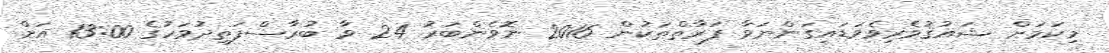
މިކަމަށް ޝައުޤުވެރިވެވަޑައިގަންނަވާ ފަރާތްތަކުން 2016 ނޮވެންބަރު 24 ވާ ބުރާސްފަތިދުވަހުގެ 13:00 އަށް